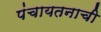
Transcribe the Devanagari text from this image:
पंचायतनाची